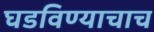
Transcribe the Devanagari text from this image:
घडविण्याचाच